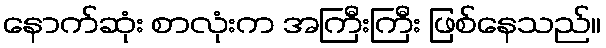
နောက်ဆုံး စာလုံးက အကြီးကြီး ဖြစ်နေသည်။